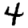
Digit: 4